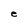
Character: e